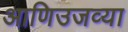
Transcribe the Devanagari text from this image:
आणिउजव्या